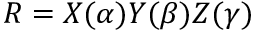
R = X ( \alpha ) Y ( \beta ) Z ( \gamma )